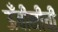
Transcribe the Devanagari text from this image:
ऊँचीनीची